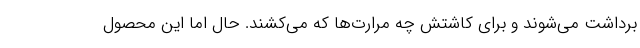
برداشت می‌شوند و برای کاشتش چه مرارت‌ها که می‌کشند. حال اما این محصول